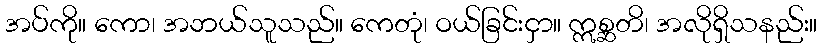
အပ်ကို။ ကော၊ အဘယ်သူသည်။ ကေတုံ၊ ဝယ်ခြင်းငှာ။ ဣစ္ဆတိ၊ အလိုရှိသနည်း။